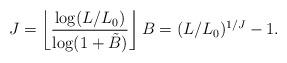
LaTeX: \begin{align*}J = \left\lfloor \frac{\log(L/L_0)}{\log(1+\tilde B)}\right\rfloor B = (L/L_0)^{1/J}-1.\end{align*}